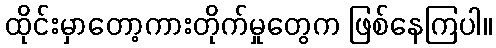
ထိုင်းမှာတော့ကားတိုက်မှုတွေက ဖြစ်နေကြပါ။